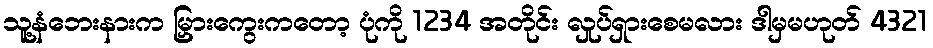
သူ့နံဘေးနားက မြှားကွေးကတော့ ပုံကို 1234 အတိုင်း လှုပ်ရှားစေမလား ဒါမှမဟုတ် 4321